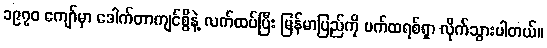
၁၉၇၀ ကျော်မှာ ဒေါက်တာကျင်စွိနဲ့ လက်ထပ်ပြီး မြန်မာပြည်ကို ပက်ထရစ်ရှာ လိုက်သွားပါတယ်။